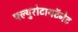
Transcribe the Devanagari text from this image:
फ्ल्युरोटायटॅनेट